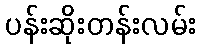
ပန်းဆိုးတန်းလမ်း